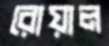
রোয়াল